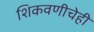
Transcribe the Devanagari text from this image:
शिकवणीचेही